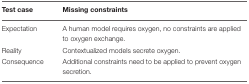
<table><thead><tr><td><b>Test case</b></td><td><b>Missing constraints</b></td></tr></thead><tbody><tr><td>Expectation</td><td>A human model requires oxygen, no constraints are applied to oxygen exchange.</td></tr><tr><td>Reality</td><td>Contextualized models secrete oxygen.</td></tr><tr><td>Consequence</td><td>Additional constraints need to be applied to prevent oxygen secretion.</td></tr></tbody></table>